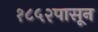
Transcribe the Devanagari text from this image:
१८५२पासून